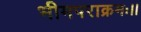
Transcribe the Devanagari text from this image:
भीमपराक्रमः।।